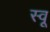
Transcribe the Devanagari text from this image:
स्वू